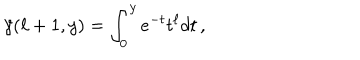
LaTeX: \gamma ( \ell + 1 , y ) = \int _ { 0 } ^ { y } e ^ { - t } t ^ { \ell } d t \, ,